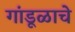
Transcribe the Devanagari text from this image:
गांडूळाचे